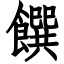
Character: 饌